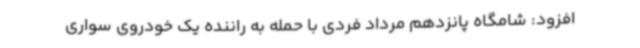
افزود: شامگاه پانزدهم مرداد فردی با حمله به راننده یک خودروی سواری